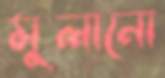
মুলানো